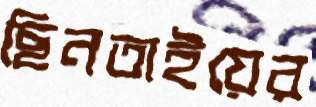
ছিনতাইয়ের